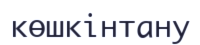
көшкінтану